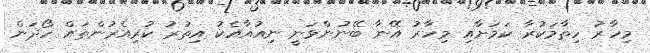
މިހާރު ހިތާމަކުރާ ކަމަށާއި މިހާރު އޭނާ ބޭނުންވަނީ ނިއުއާއެކު އިތުރު ކުރިއެރުންތައް ހޯދަން